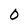
Character: 0